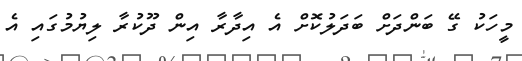
މީހަކު ގޭ ބަންދަށް ބަދަލުކޮށް އެ އިދާރާ އިން ދޫކުރާ ލިޔުމުގައި އެ